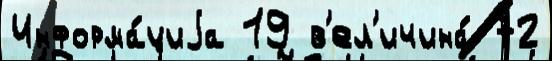
Информа́циjа 19 в'ел'ичина́ 72